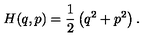
H ( q , p ) = { \frac { 1 } { 2 } } \left( q ^ { 2 } + p ^ { 2 } \right) .